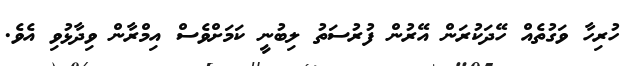
ހުރިހާ ވަގުތެއް ހޭދަކުރަން އޭރުން ފުރުސަތު ލިބުނީ ކަމަށްވެސް އިމްރާން ވިދާޅުވި އެވެ.